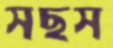
সছস